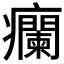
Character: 𬐁